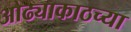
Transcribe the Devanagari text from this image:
ओढ्याकाठच्या